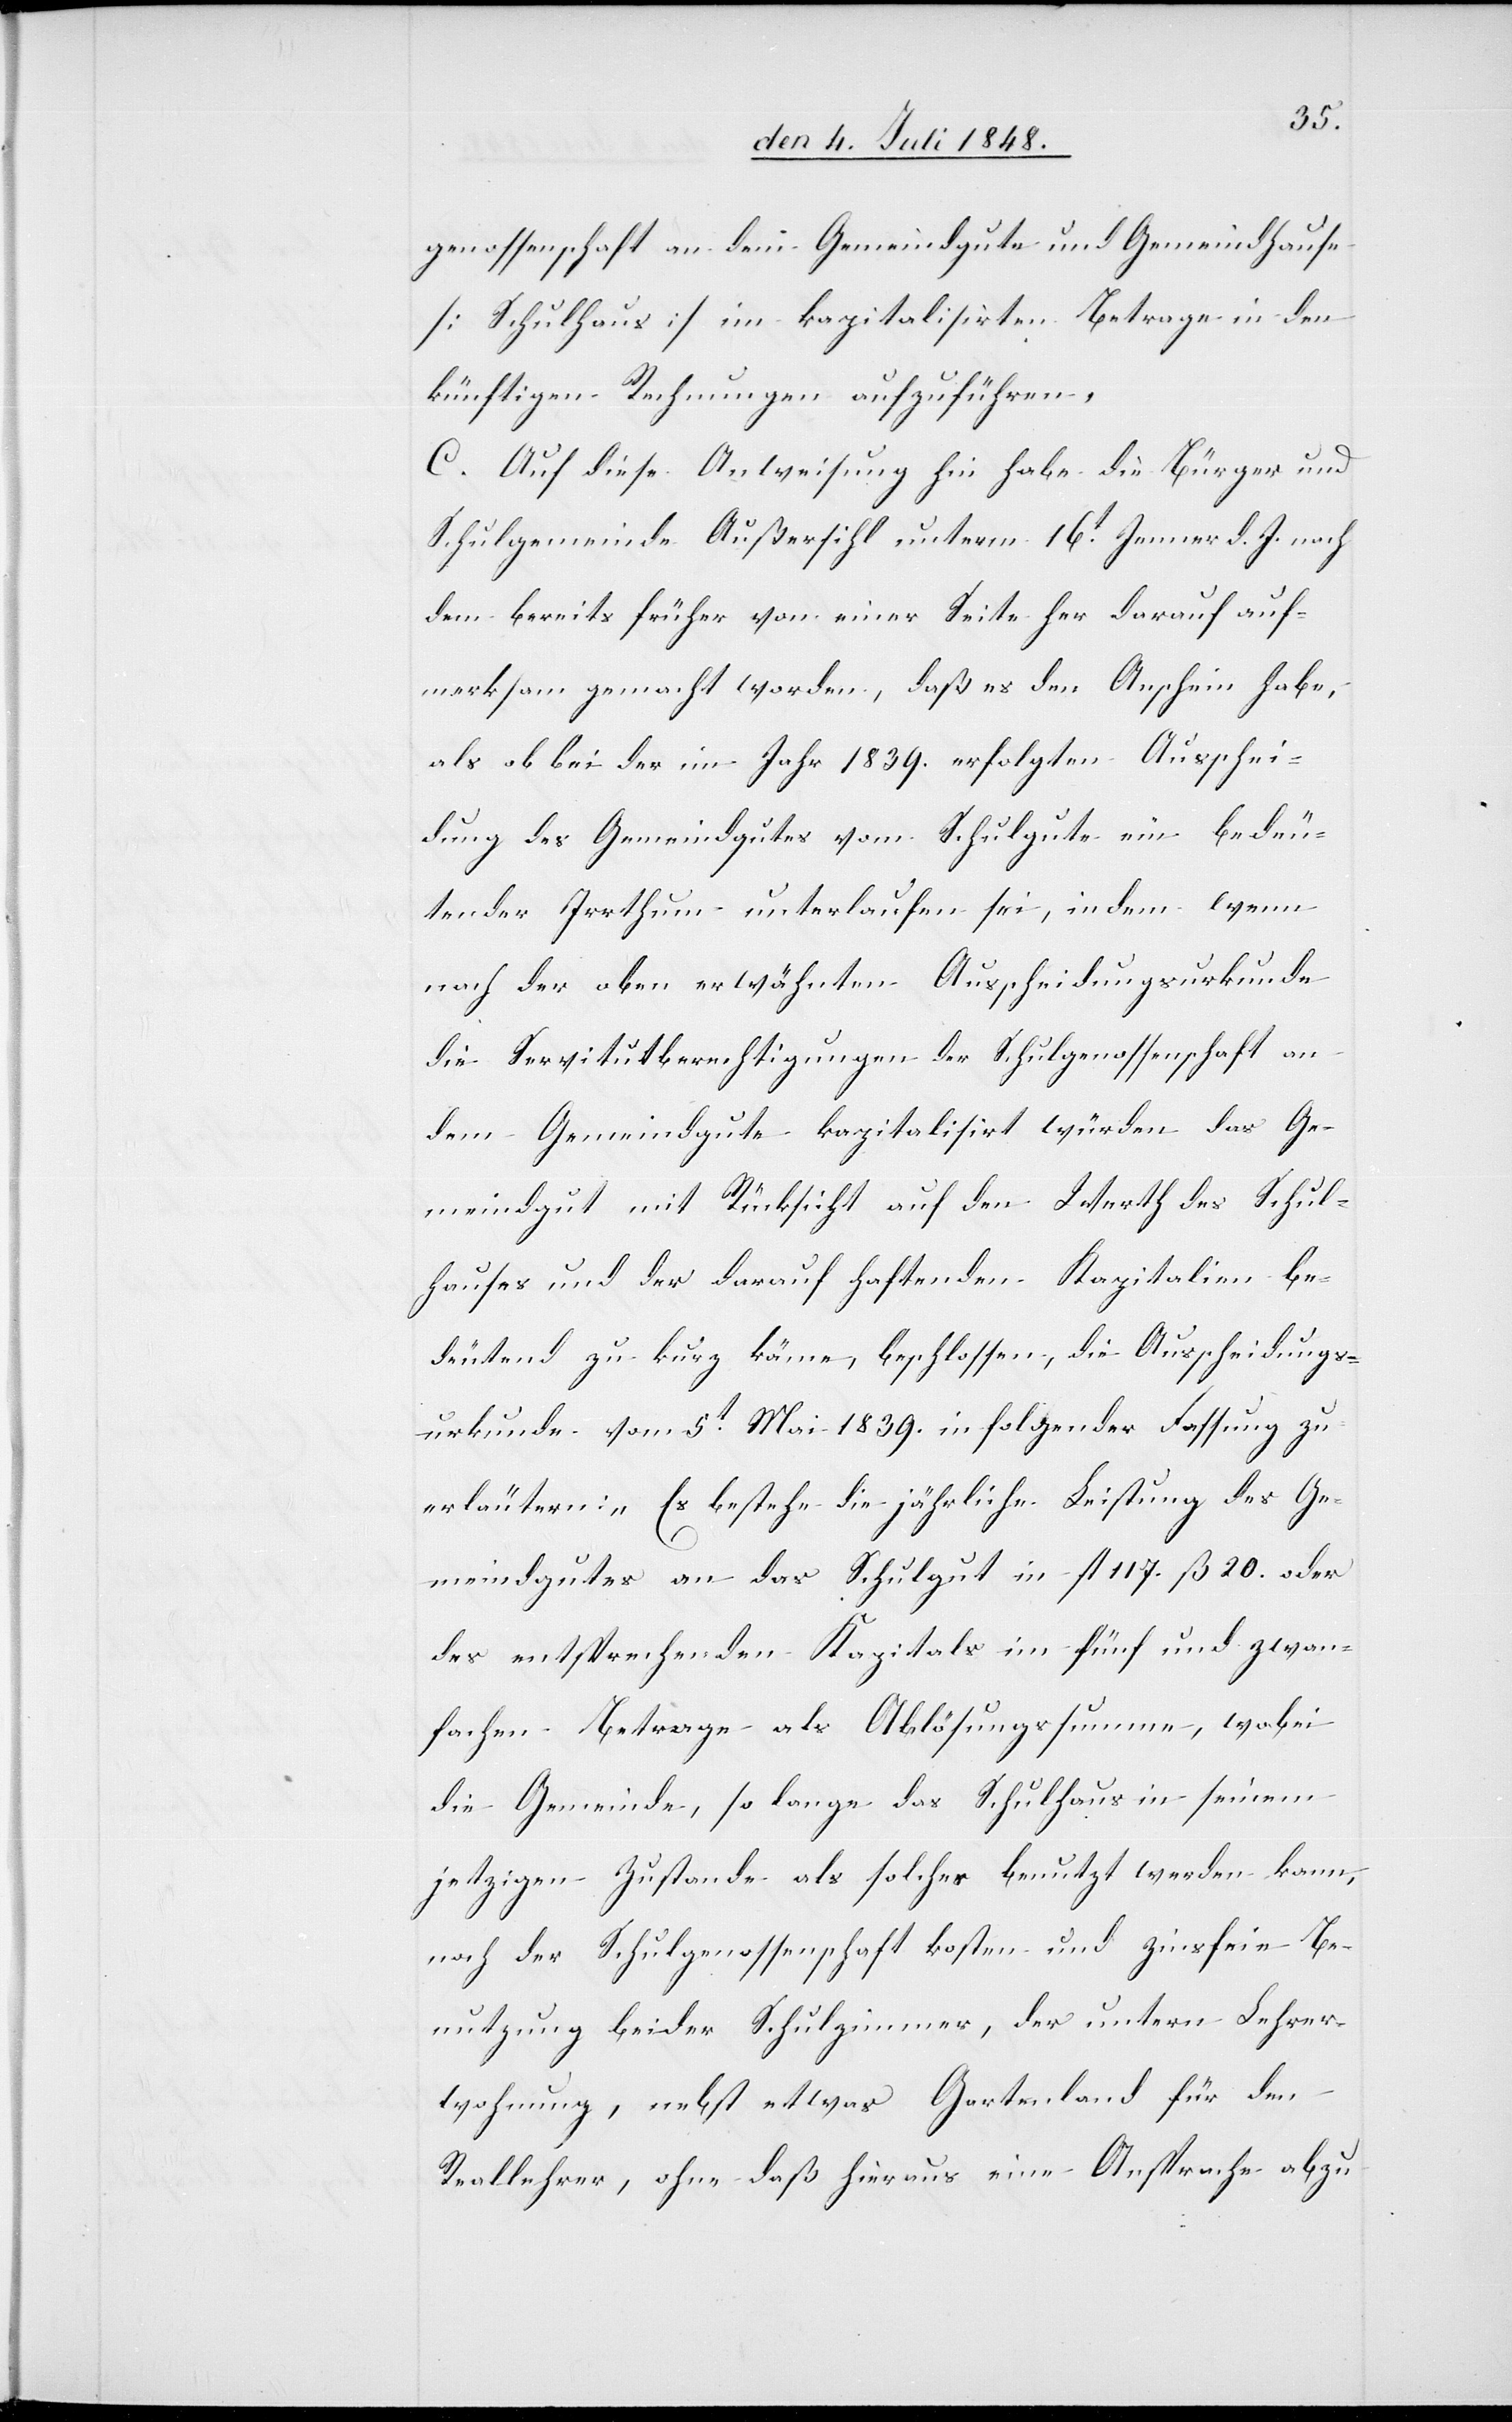
genossenschaft an dem Gemeindgute und Gemeindhause
[Schulhaus] im kapitalisirten Betrage in den
künftigen Rechnungen aufzuführen.
C. Auf diese Anweisung hin habe die Bürger[-] und
Schulgemeinde Außersihl unterm 16t Jenner d. J. nach
dem bereits früher von einer Seite her darauf auf¬
merksam gemacht worden, daß es den Anschein habe,
als ob bei der im Jahr 1839. erfolgten Ausschei¬
dung des Gemeindgutes vom Schulgute ein bedeu¬
tender Irrthum unterlaufen sei, indem wenn
nach der oben erwähnten Ausscheidungsurkunde
die Servitutberechtigungen der Schulgenossenschaft an
dem Gemeindgute kapitalisirt würden das Ge¬
meindgut mit Rücksicht auf den Werth des Schul¬
hauses und der darauf haftenden Kapitalien be¬
deutend zu kurz käme, beschlossen, die Ausscheidungs¬
urkunde vom 5t Mai 1839. in folgender Fassung zu
erläutern: „Es bestehe die jährliche Leistung des Ge¬
meindgutes an das Schulgut in fl. 117. ß. 20. oder
des entsprechenden Kapitals im fünf und zwan[zi¬
g]fachen Betrage als Ablösungssumme, wobei
die Gemeinde, so lange das Schulhaus in seinem
jetzigen Zustande als solches benutzt werden kann,
noch der Schulgenossenschaft kosten und zinsfreie Be¬
nutzung beider Schulzimmer, der untern Lehrer¬
wohnung, nebst etwas Gartenland für den
Reallehrer, ohne daß hieraus eine Ansprache abzu-